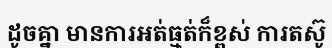
ដូចគ្នា មានការអត់ធ្មត់ក៏ខ្ពស់ ការតស៊ូ